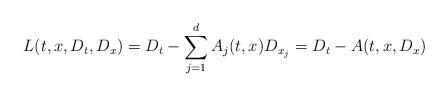
LaTeX: \begin{align*} L (t, x, D_t, D_x) = D_{t } - \sum_{j=1}^d A_j(t, x) D_{x_j} = D_t - A(t, x, D_x) \end{align*}